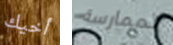
أخيك لممارسة